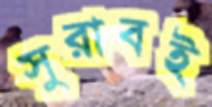
সুরাবই